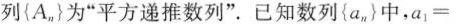
列{A_n}为”平方递推数列”。已知数列{a_n}中，a_1=